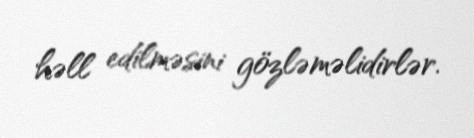
həll edilməsini gözləməlidirlər.